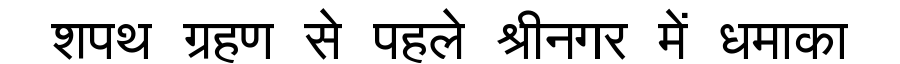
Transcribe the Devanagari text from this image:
शपथ ग्रहण से पहले श्रीनगर में धमाका